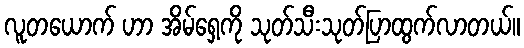
လူတယောက် ဟာ အိမ်ရှေ့ကို သုတ်သီးသုတ်ပြာထွက်လာတယ်။